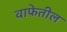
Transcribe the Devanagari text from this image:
वाफेतील